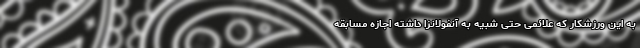
به این ورزشکار که علائمی حتی شبیه به آنفولانزا داشته اجازه مسابقه